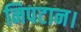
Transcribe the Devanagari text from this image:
निपटान।